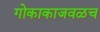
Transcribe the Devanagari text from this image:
गोकाकाजवळच